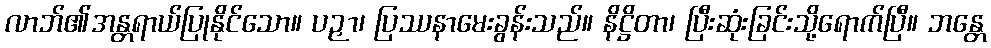
လာဘ်၏အန္တရာယ်ပြုနိုင်သော။ ပဉှာ၊ ပြဿနာမေးခွန်းသည်။ နိဋ္ဌိတာ၊ ပြီးဆုံးခြင်းသို့ရောက်ပြီ။ ဘန္တေ